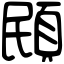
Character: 䪸